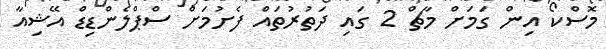
މޮސްކޯ އިން ގަމަށް މާޗް 2 ގައި ދަތުރުތައް ފެށުމަށް ސްޕްލެންޑިޑް އޭޝިއާ